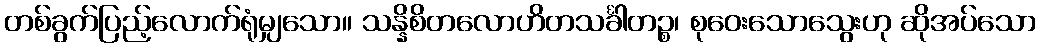
တစ်ခွက်ပြည့်လောက်ရုံမျှသော။ သန္နိစိတလောဟိတသင်္ခါတဉ္စ၊ စုဝေးသောသွေးဟု ဆိုအပ်သော